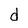
Character: d